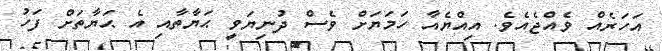
އަހަރެއް ވެއްޖެއެވެ. އިއްޔެއާ ހަމަޔަށް ވެސް ދުނިޔަވީ ޙަޔާތާއި އެ ޙަޔާތަށް ފަހު